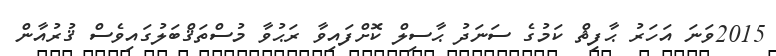
2015ވަނަ އަހަރު ޙާފިޡް ކަމުގެ ސަނަދު ޙާސިލް ކޮށްފައިވާ ރަޙުވާ މުސްތަޤްބަލުގައިވެސް ޤުރުއާން